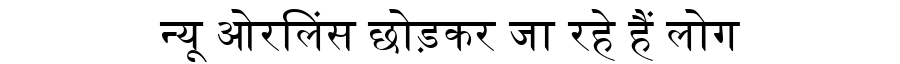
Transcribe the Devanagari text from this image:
न्यू ओरलिंस छोड़कर जा रहे हैं लोग